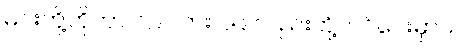
မင်းတို့ဟိုဟာ ၁၉ လား ၁၉ လည်းတို့တင်ပေးမှာပဲ။